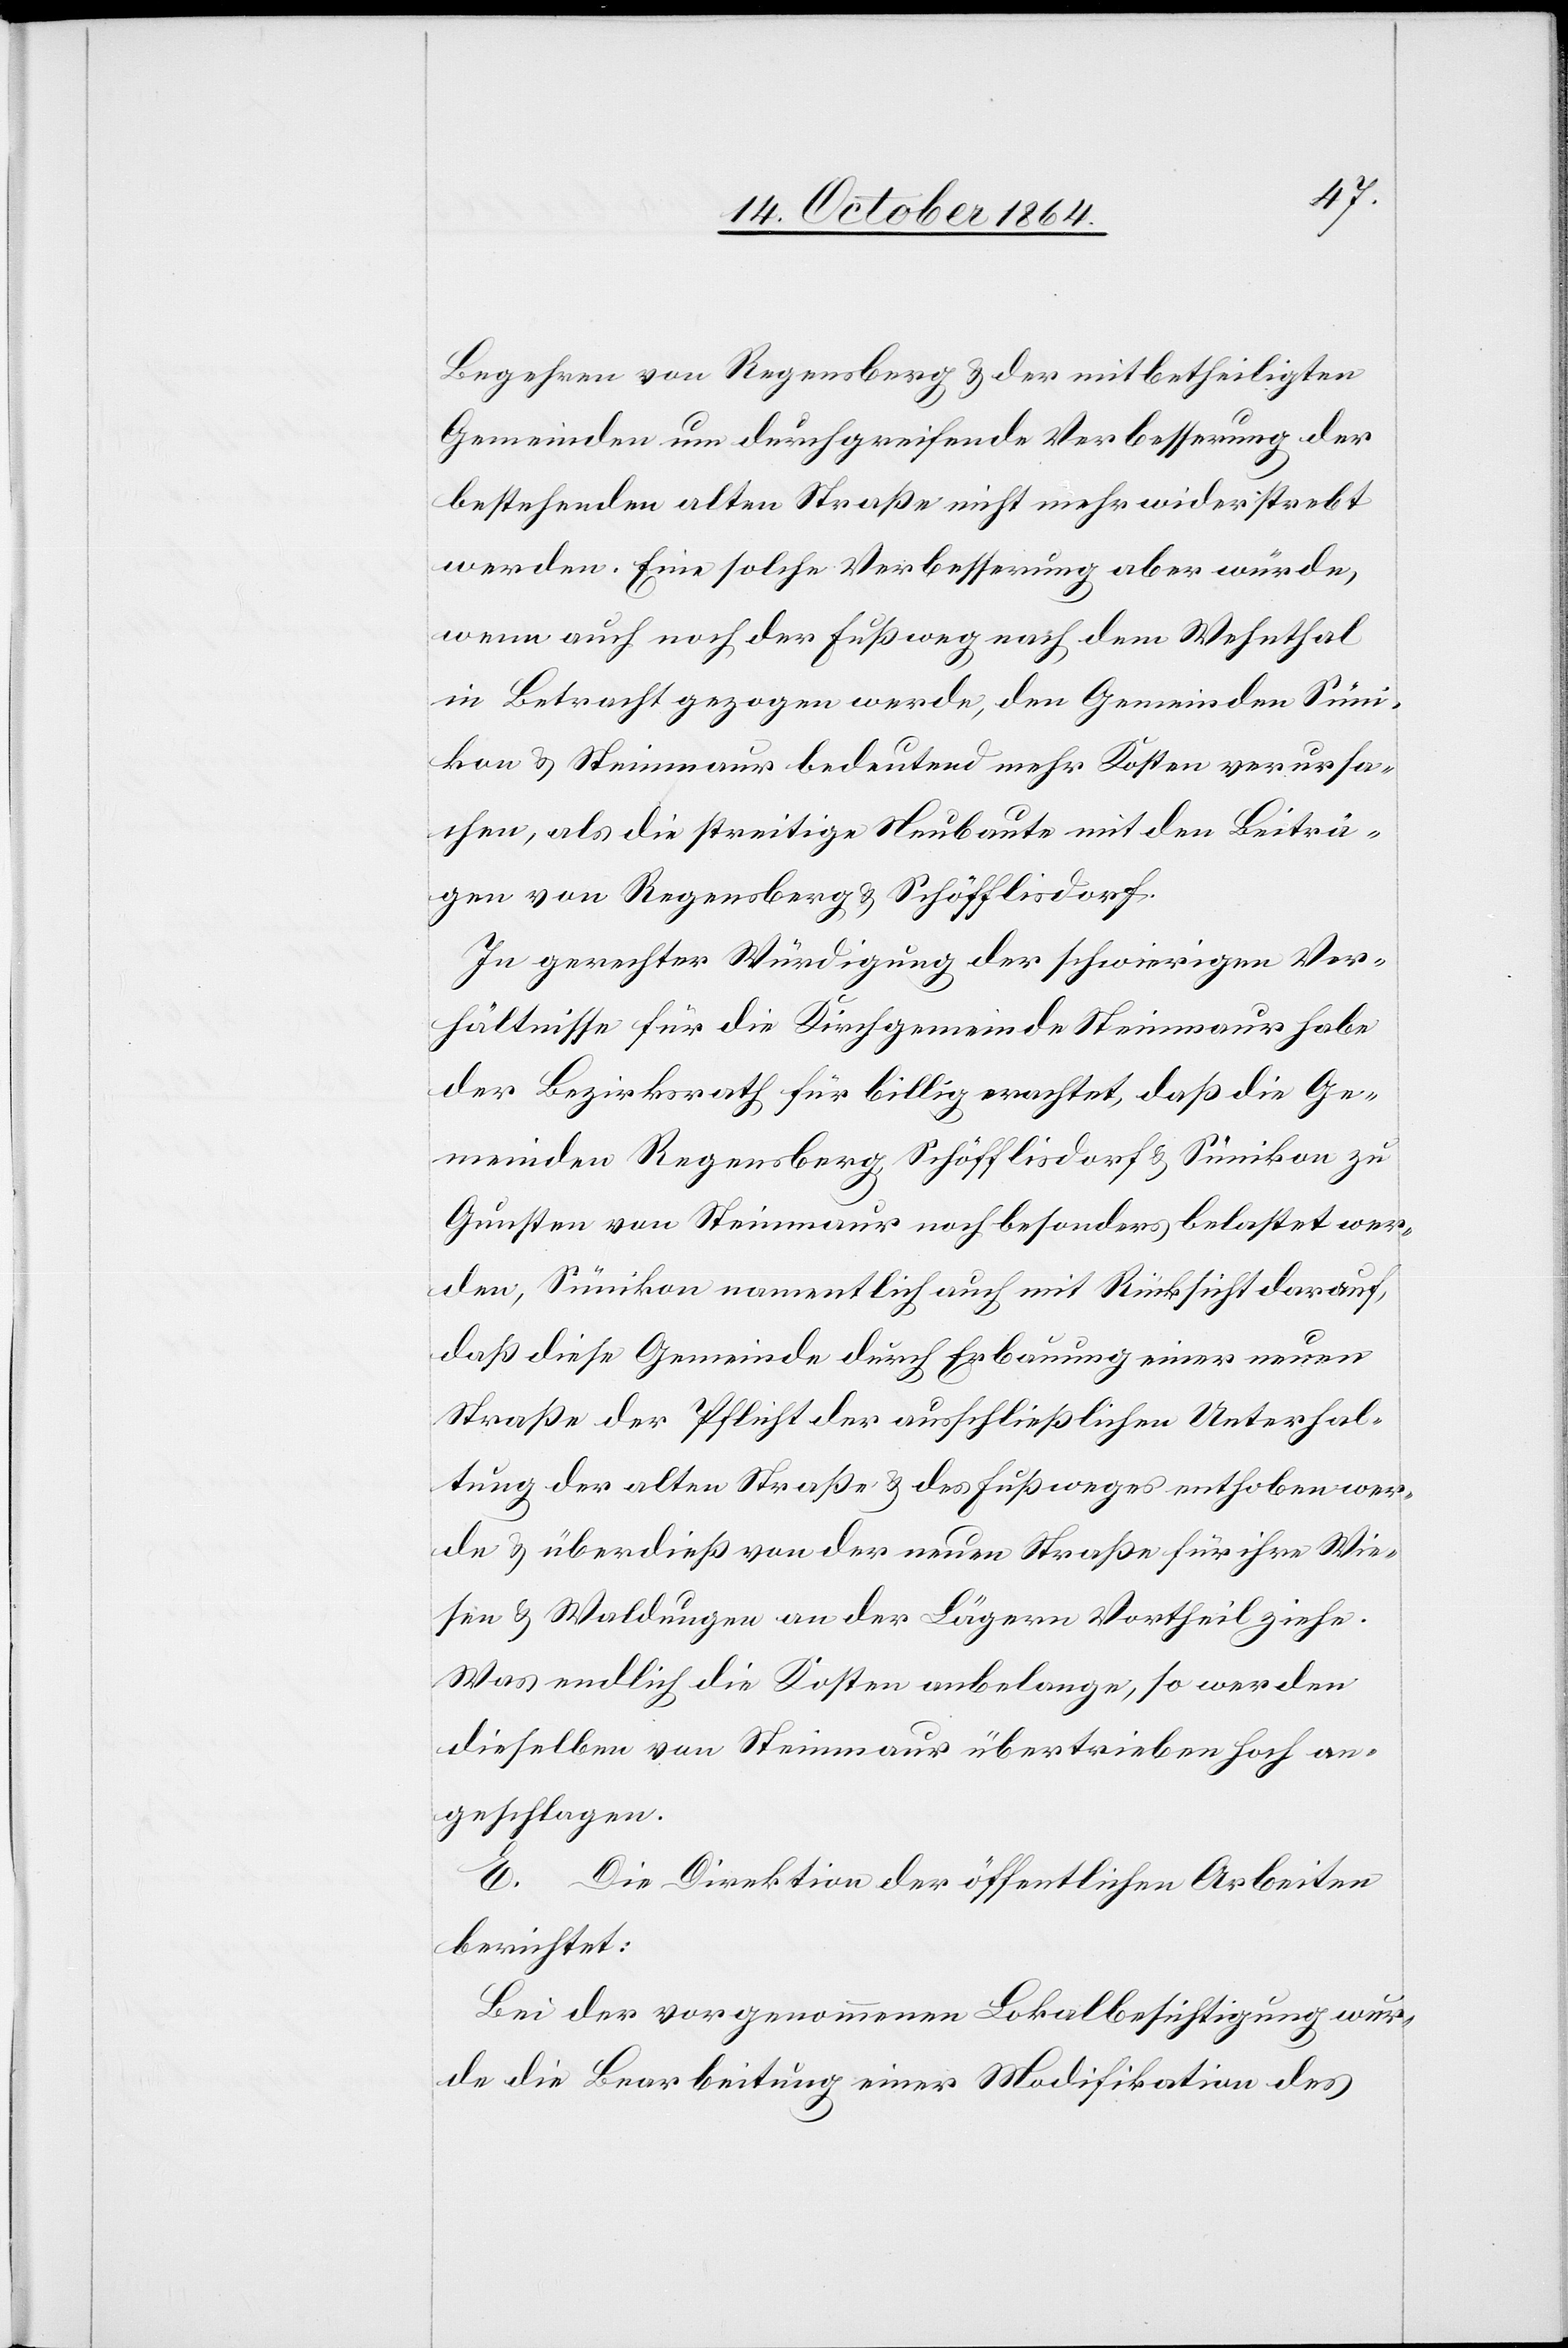
Begehren von Regensberg & der mitbetheiligten
Gemeinden um durchgreifende Verbesserung der
bestehenden alten Straße nicht mehr widerstrebt
werden. Eine solche Verbesserung aber würde,
wenn auch noch der Fußweg nach dem Wehnthal
in Betracht gezogen werde, den Gemeinden Süni¬
kon & Steinmaur bedeutend mehr Kosten verursa¬
chen, als die streitige Neubaute mit den Beiträ¬
gen von Regensberg & Schöfflisdorf.
In gerechter Würdigung der schwierigen Ver¬
hältnisse für die Kirchgemeinde Steinmaur habe
der Bezirksrath für billig erachtet, daß die Ge¬
meinden Regensberg, Schöfflisdorf & Sünikon zu
Gunsten von Steinmaur noch besonders belastet wer¬
den, Sünikon namentlich auch mit Rücksicht darauf,
daß diese Gemeinde durch Erbauung einer neuen
Straße der Pflicht der ausschließlichen Unterhal¬
tung der alten Straße & des Fußweges enthoben wer¬
de & überdieß von der neuen Straße für ihre Wie¬
sen & Waldungen an der Lägern Vortheil ziehe.
Was endlich die Kosten anbelange, so werden
dieselben von Steinmaur übertrieben hoch an¬
geschlagen.
E. Die Direktion der öffentlichen Arbeiten
berichtet:
Bei der vorgenommenen Lokalbesichtigung wur¬
de die Bearbeitung einer Modifikation des